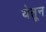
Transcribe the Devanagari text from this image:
येतून